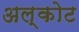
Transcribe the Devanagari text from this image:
अल्कोट